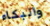
والبكاء